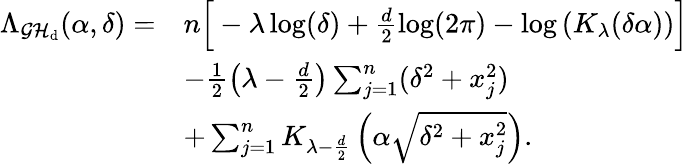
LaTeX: \begin{array}{rl}{\Lambda_{\cal GH_{\mathrm{d}}}(\alpha,\delta)=}&{n\Big[-\lambda\log(\delta)+\frac{d}{2}\mathrm{log}(2\pi)-\log\left(K_{\lambda}(\delta\alpha)\right)\Big]}\\ &{-\frac{1}{2}\left(\lambda-\frac{d}{2}\right)\sum_{j=1}^{n}(\delta^{2}+x_{j}^{2})}\\ &{+\sum_{j=1}^{n}K_{\lambda-\frac{d}{2}}\left(\alpha\sqrt{\delta^{2}+x_{j}^{2}}\right).}\end{array}